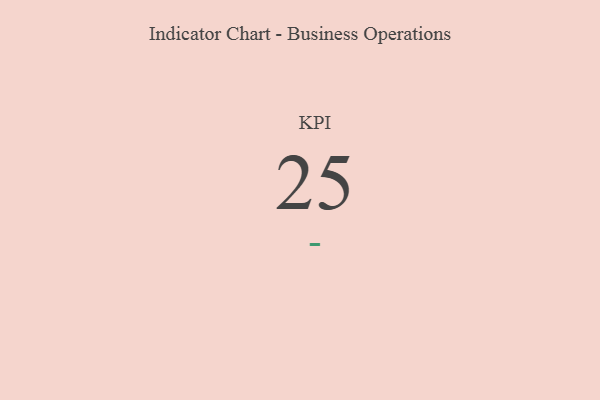
{"axis": {"x": "KPI", "y": "Value"}, "legend": [""], "data": [{"x": "KPI", "y": 25, "type": ""}]}